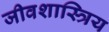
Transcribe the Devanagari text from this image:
जीवशास्त्रिय